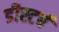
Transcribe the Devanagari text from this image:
डीस्टर्ब